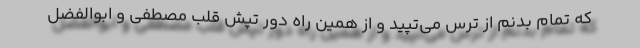
که تمام بدنم از ترس می‌تپید و از همین راه دور تپش قلب مصطفی و ابوالفضل